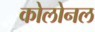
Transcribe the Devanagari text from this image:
कोलोनल